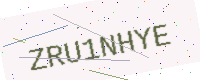
Text: ZRU1NHYE